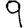
Digit: 9